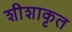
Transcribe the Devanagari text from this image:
शीशाकृत